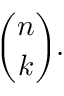
{ \binom { n } { k } } .